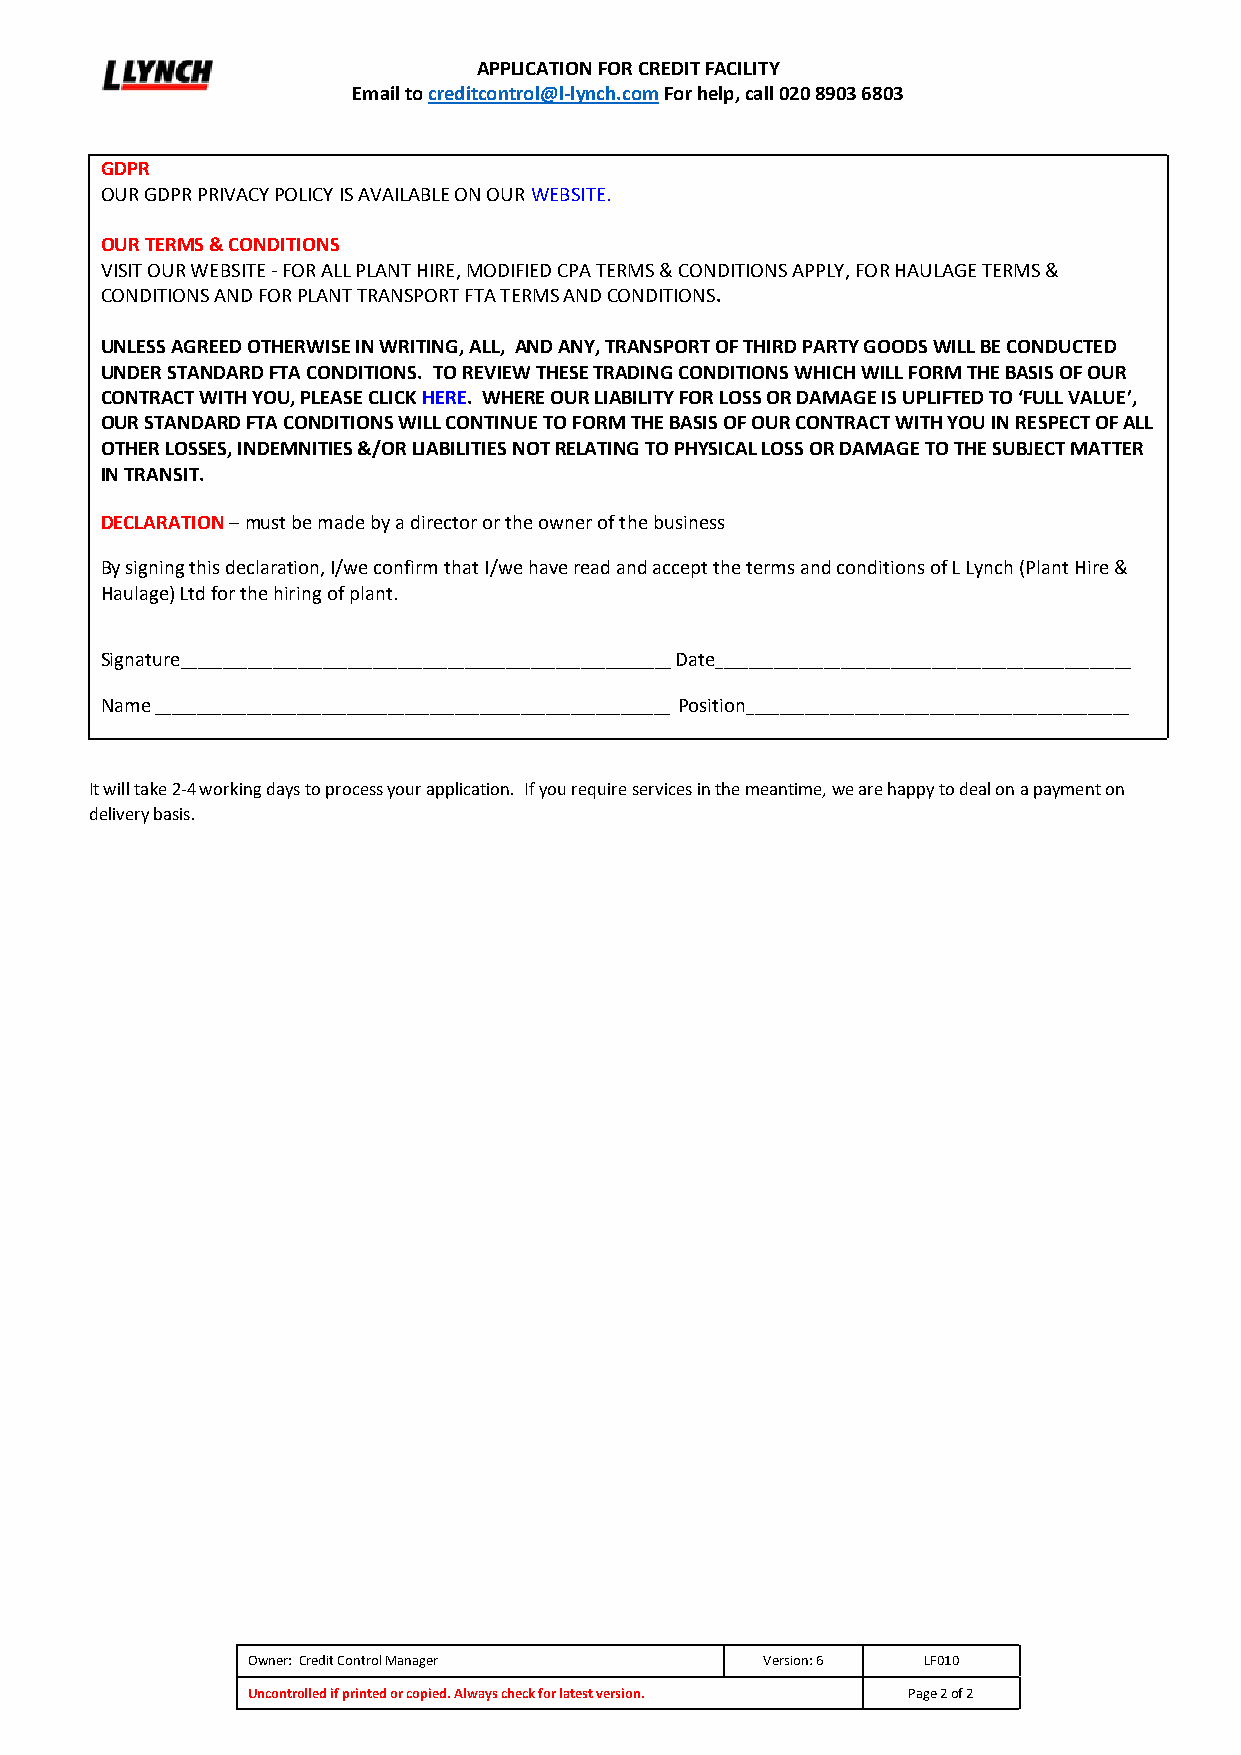
APPLICATION FOR CREDIT FACILITY
 Email to creditcontrol@l-lynch.com For help, call 020 8903 6803
 GDPR
 OUR GDPR PRIVACY POLICY IS AVAILABLE ON OUR WEBSITE.
 OUR TERMS & CONDITIONS
 VISIT OUR WEBSITE - FOR ALL PLANT HIRE, MODIFIED CPA TERMS & CONDITIONS APPLY, FOR HAULAGE TERMS &
 CONDITIONS AND FOR PLANT TRANSPORT FTA TERMS AND CONDITIONS.
 UNLESS AGREED OTHERWISE IN WRITING, ALL, AND ANY, TRANSPORT OF THIRD PARTY GOODS WILL BE CONDUCTED
 UNDER STANDARD FTA CONDITIONS. TO REVIEW THESE TRADING CONDITIONS WHICH WILL FORM THE BASIS OF OUR
 CONTRACT WITH YOU, PLEASE CLICK HERE. WHERE OUR LIABILITY FOR LOSS OR DAMAGE IS UPLIFTED TO ‘FULL VALUE’,
 OUR STANDARD FTA CONDITIONS WILL CONTINUE TO FORM THE BASIS OF OUR CONTRACT WITH YOU IN RESPECT OF ALL
 OTHER LOSSES, INDEMNITIES &/OR LIABILITIES NOT RELATING TO PHYSICAL LOSS OR DAMAGE TO THE SUBJECT MATTER
 IN TRANSIT.
 DECLARATION – must be made by a director or the owner of the business
 By signing this declaration, I/we confirm that I/we have read and accept the terms and conditions of L Lynch (Plant Hire &
 Haulage) Ltd for the hiring of plant.
 Signature___________________________________________________________ Date__________________________________________________
 Name ______________________________________________________________ Position______________________________________________
 It will take 2-4 working days to process your application. If you require services in the meantime, we are happy to deal on a payment on
 delivery basis.
 Owner: Credit Control Manager      Version: 6 LF010
 Uncontrolled if printed or copied. Always check for latest version. Page 2 of 2